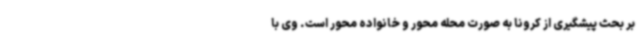
بر بحث پیشگیری از کرونا به صورت محله محور و خانواده محور است. وی با